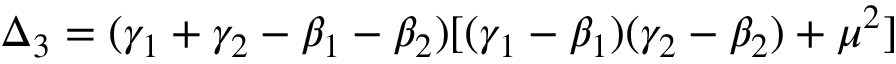
\Delta _ { 3 } = ( \gamma _ { 1 } + \gamma _ { 2 } - \beta _ { 1 } - \beta _ { 2 } ) [ ( \gamma _ { 1 } - \beta _ { 1 } ) ( \gamma _ { 2 } - \beta _ { 2 } ) + \mu ^ { 2 } ]